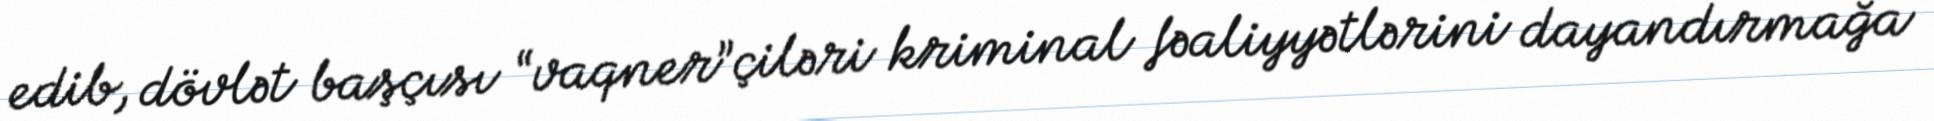
edib, dövlət başçısı “vaqner”çiləri kriminal fəaliyyətlərini dayandırmağa